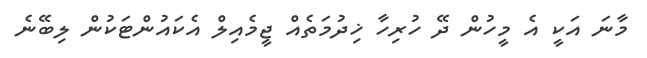
މާނަ އަކީ އެ މީހުން ދޭ ހުރިހާ ޚިދުމަތެއް ޖީމެއިލް އެކައުންޓަކުން ލިބޭނެ